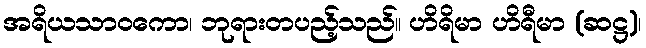
အရိယသာဝကော၊ ဘုရားတပည့်သည်။ ဟိရိမာ ဟိရီမာ (ဆဋ္ဌ)၊